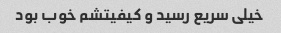
خیلی سریع رسید و کیفیتشم خوب بود